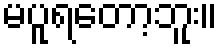
မပူရတော့ဘူး။